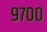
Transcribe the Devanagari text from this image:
९७००